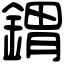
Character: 𨩋